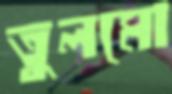
তুলমো